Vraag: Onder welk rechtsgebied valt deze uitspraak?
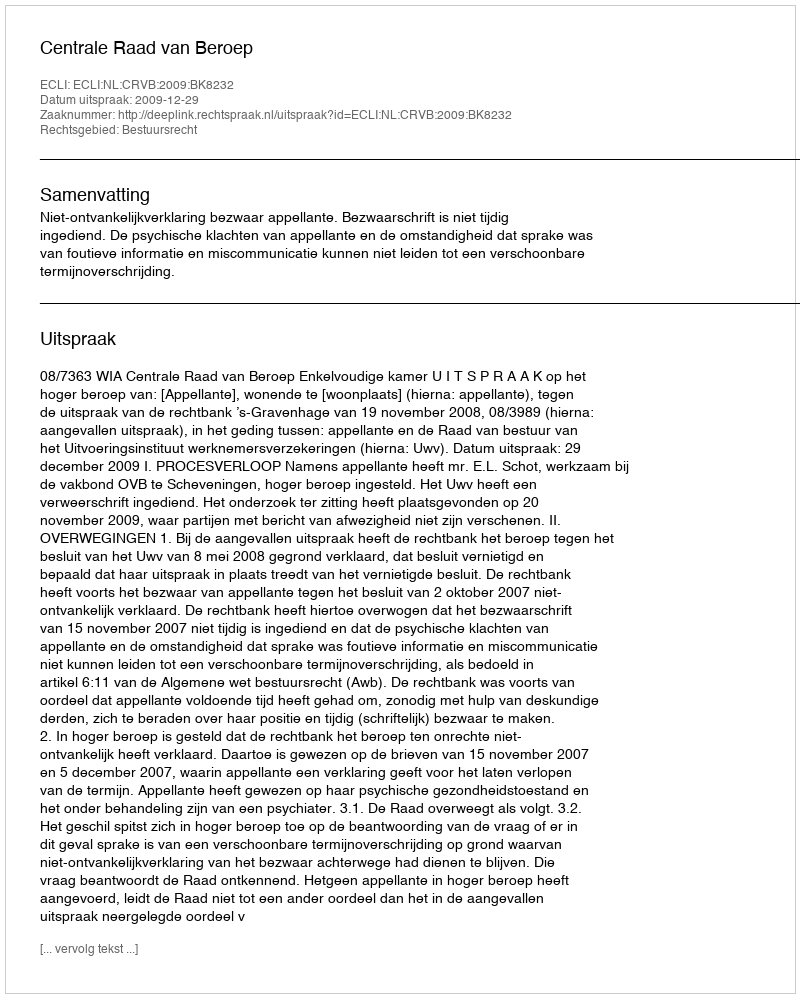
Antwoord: Bestuursrecht